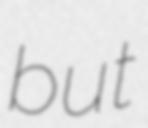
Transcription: but